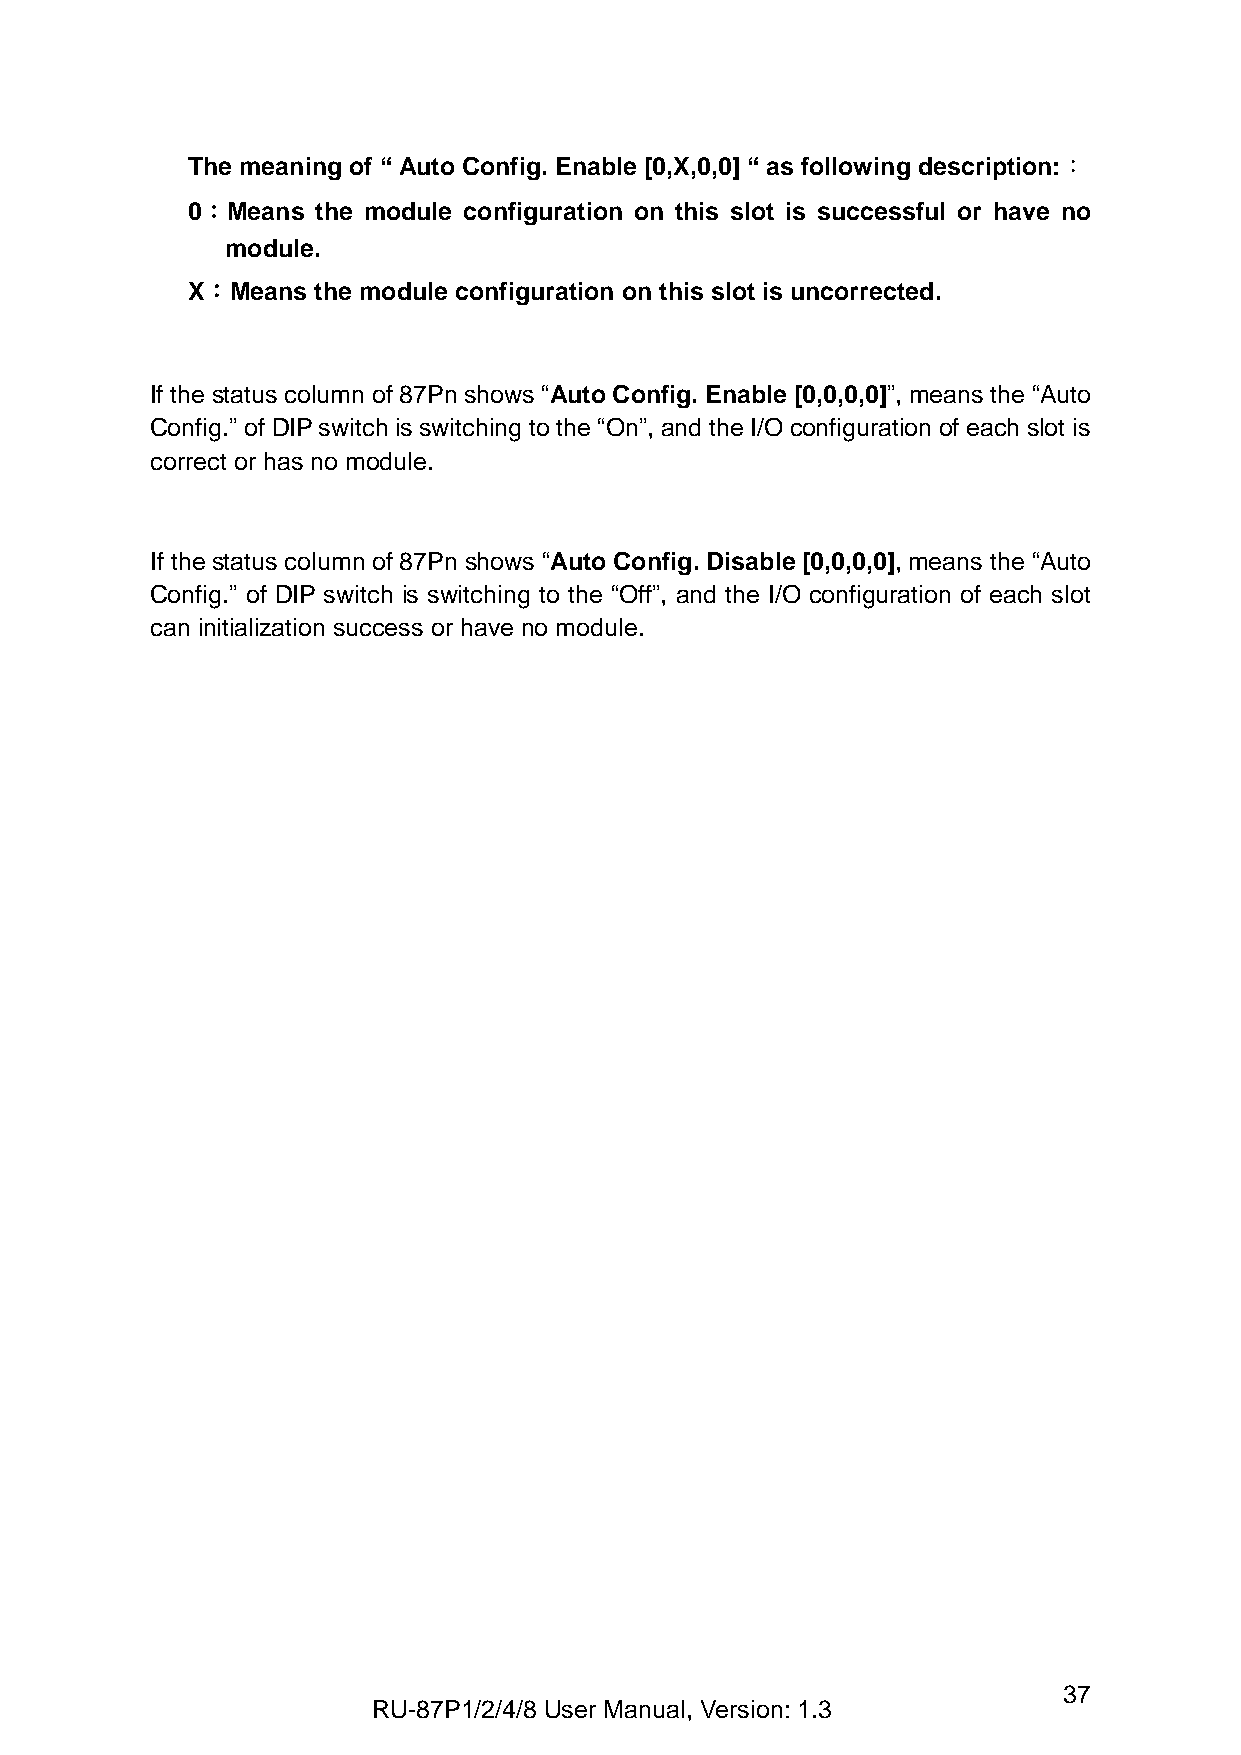
The meaning of “ Auto Config. Enable [0,X,0,0] “ as following description:：
 0：Means  the module configuration on this slot is successful or have no
 module.
 X：Means  the module configuration on this slot is uncorrected.
 If the status column of 87Pn shows “Auto Config. Enable [0,0,0,0]”, means the “Auto
 Config.” of DIP switch is switching to the “On”, and the I/O configuration of each slot is
 correct or has no module.
 If the status column of 87Pn shows “Auto Config. Disable [0,0,0,0], means the “Auto
 Config.” of DIP switch is switching to the “Off”, and the I/O configuration of each slot
 can initialization success or have no module.
 37
 RU-87P1/2/4/8 User Manual, Version: 1.3